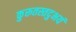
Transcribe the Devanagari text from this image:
कुरूतस्तदुभयं